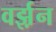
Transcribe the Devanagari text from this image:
वर्झ़न